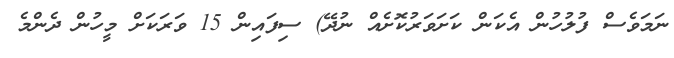
ނަމަވެސް ފުލުހުން އެކަން ކަށަވަރުކޮށެއް ނުދޭ) ސިފައިން 15 ވަރަކަށް މީހުން ދެންމެ